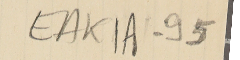
EAK1A-95